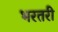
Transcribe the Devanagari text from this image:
भरतरी